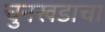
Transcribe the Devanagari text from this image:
चुनखडाचा